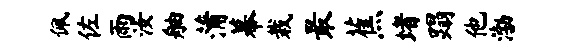
佩佐雨汝舳蒲幕栽最蕉堵蹋他渤